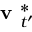
\textbf { v } _ { t ^ { \prime } } ^ { * }